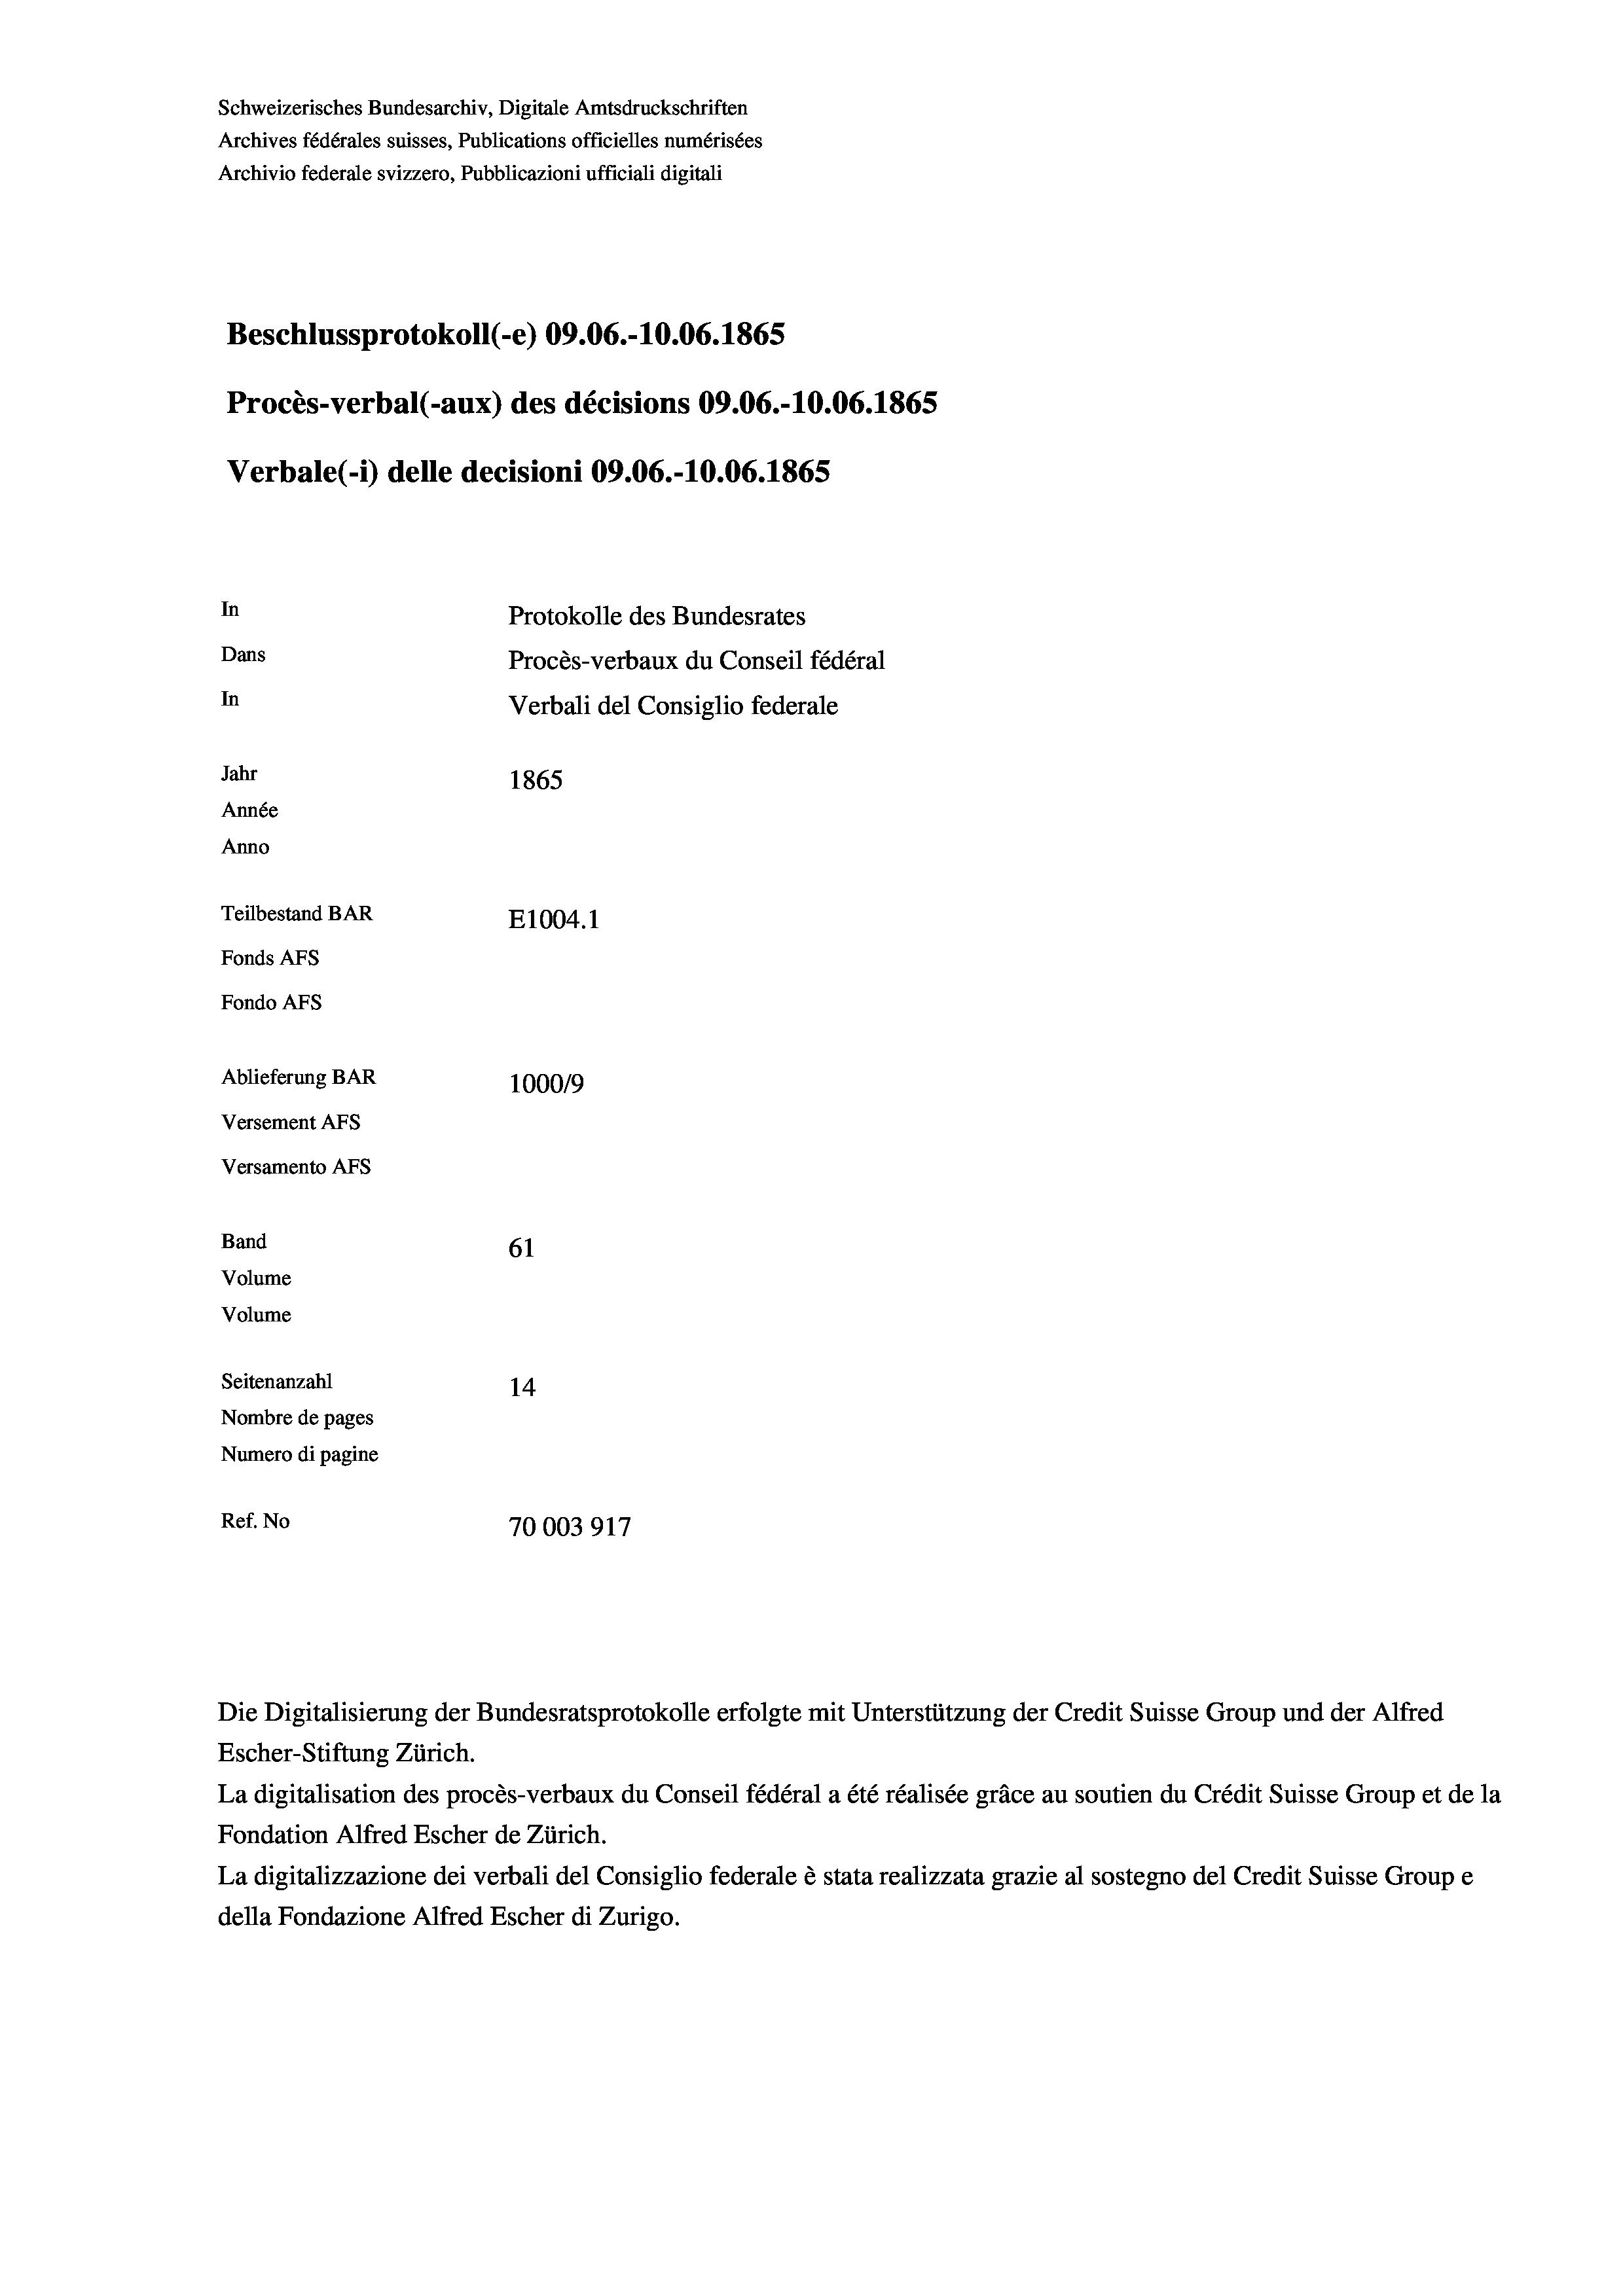
Schweizerisches Bundesarchiv, Digitale Amtsdruckschriften
Archives fédérales suisses, Publications officielles numérisées
Archivio federale svizzero, Pubblicazioni ufficiali digitali
Beschlussprotokoll (-e) 09.06.-10.06. 1865
Procès-verbal (-aux) des décisions 09.06.-10.06. 1865
Verbale (1) delle decisioni 09.06.-10.06. 1865
In
Protokolle des Bundesrates
Dans
Procès-verbaux du Conseil fédéral
In
Verbali del Consiglio federale
Jahr
1865
Année
Anno
Teilbestand BAR
E1004.1
Fonds AFs
Fondo Afs
Ablieferung BAR
100019
Versement AFs
Versamento AFS
Band
61
Volume
Volume

14
Nombre de pages
Numero di pagine
Ref. No
70003917

Seitenanzahl

Escher-Stiftung Zürich.
La digitalisation des procès-verbaux du Conseil fédéral a été réalisée gräce au soutien du Crédit Suisse Group et de la
Fondation Alfred Escher de Zürich.
La digitalizzazione dei verbali del Consiglio federale è stata realizzata grazie al sostegno del Credit Suisse Groupe
della Fondazione Alfred Escher di Zurigo.

Die Digitalisierung der Bundesratsprotokolle erfolgte mit Unterstützung der Credit Suisse Group und der Alfred